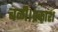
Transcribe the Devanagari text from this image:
बळी।प्रकाश